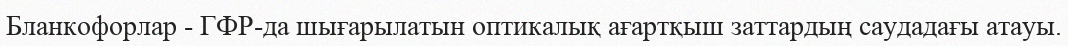
Бланкофорлар - ГФР-да шығарылатын оптикалық ағартқыш заттардың саудадағы атауы.